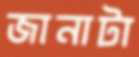
জানাটা